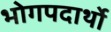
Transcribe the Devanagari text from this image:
भोगपदार्थो